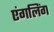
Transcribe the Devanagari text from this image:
एंगलिंग